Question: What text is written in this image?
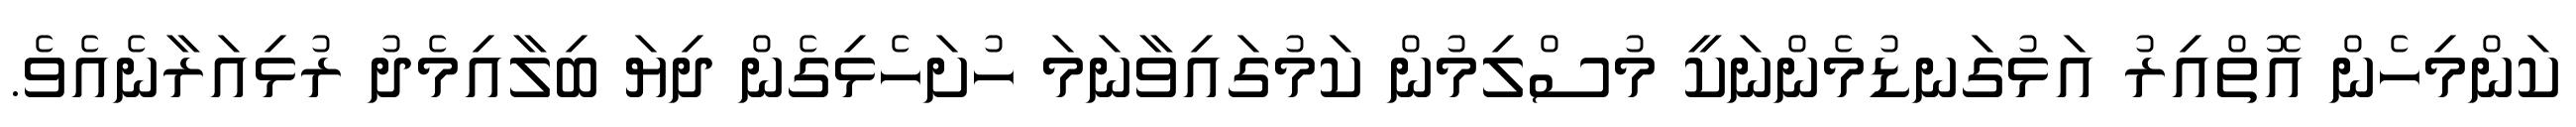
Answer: ކަންމިހެން އޮތްއިރު އަޅުގަނޑުމެންނަކީ މުސްލިމުން ކަމުގައިވާނަމަ ހުށަހެޅިގެން ދިޔަ ބިލާއިމެދު ރުޅިއަރާނެއެވެ.